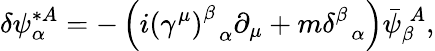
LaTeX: \delta\psi_{\alpha}^{*A}=-\left(i\left(\gamma^{\mu}\right)_{\; \; \alpha}^{\beta}\partial_{\mu}+m\delta_{\; \; \alpha}^{\beta}\right)\bar{\psi}_{\beta}^{\; A},